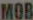
MOB